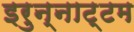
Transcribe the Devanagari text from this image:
इरुन्नाट्टम